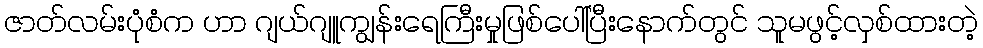
ဇာတ်လမ်းပုံစံက ဟာ ဂျယ်ဂျူကျွန်းရေကြီးမှုဖြစ်ပေါ်ပြီးနောက်တွင် သူမဖွင့်လှစ်ထားတဲ့